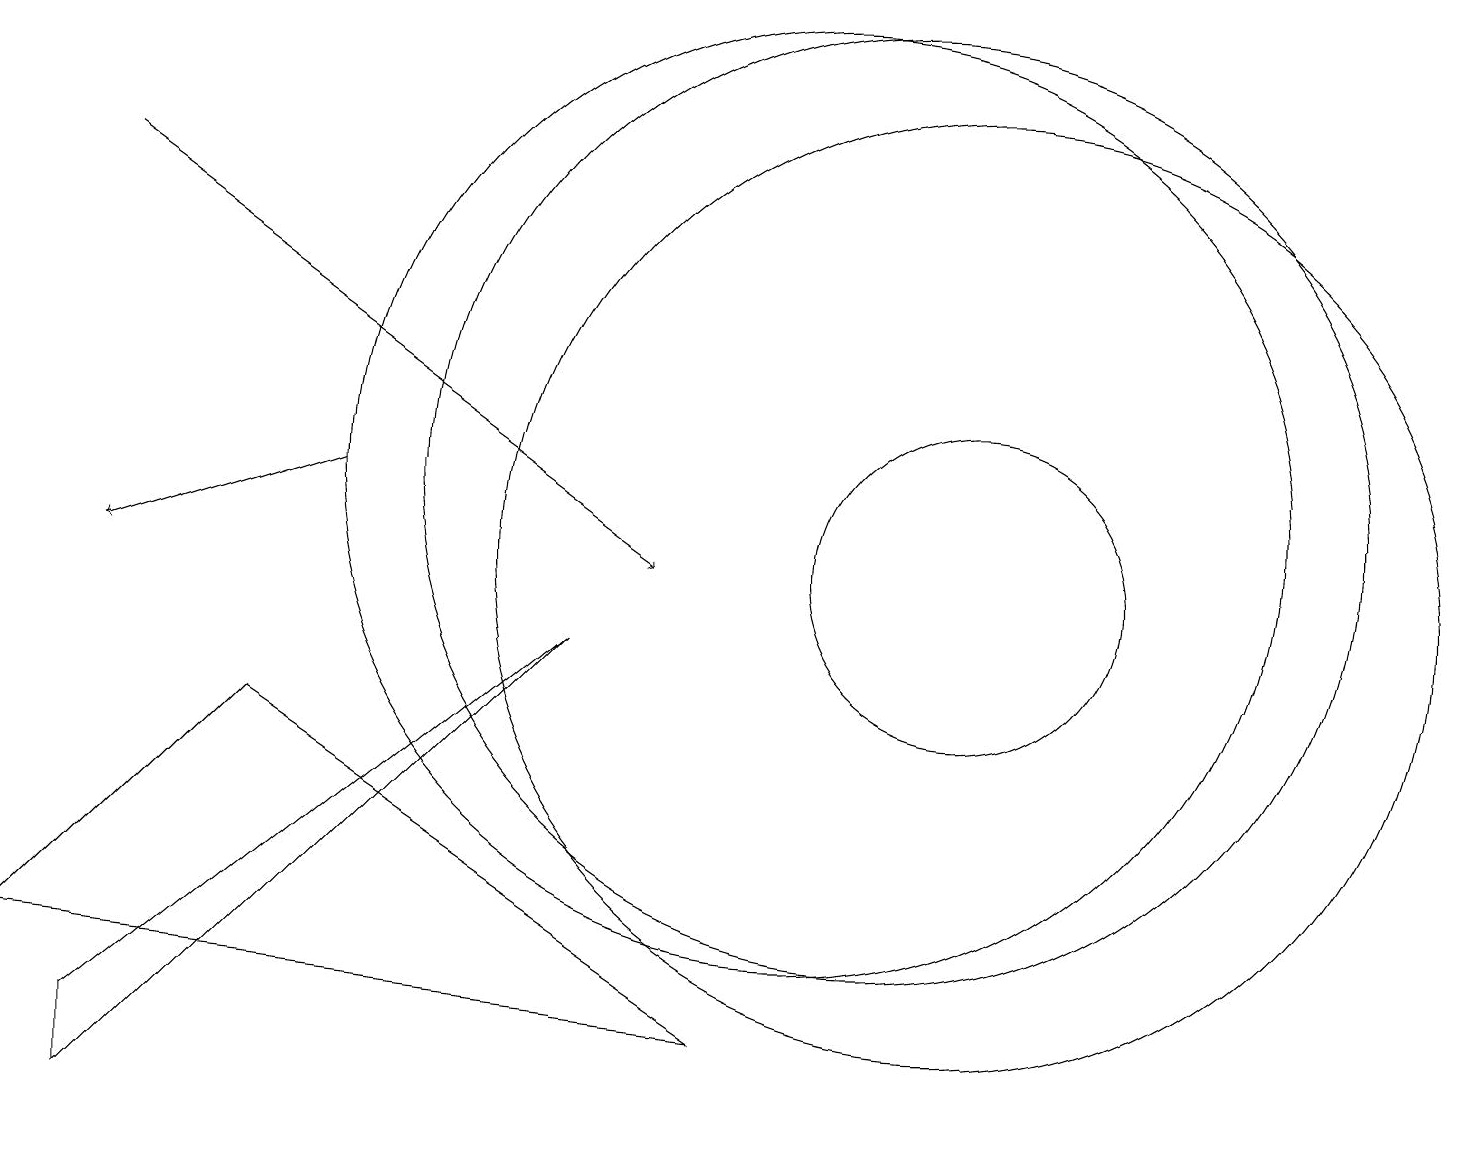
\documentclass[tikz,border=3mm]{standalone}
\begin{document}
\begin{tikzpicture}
\draw[->] (4,11) -- (1,10);
\draw (10,11) circle (6);
\draw (7,9) -- (1,4) -- (1,3) -- cycle;
\draw (11,11) circle (6);
\draw[->] (1,15) -- (8,10);
\draw (12,10) circle (2);
\draw (12,10) circle (6);
\draw (3,8) -- (9,4) -- (0,5) -- cycle;
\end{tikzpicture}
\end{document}